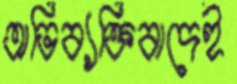
অভিব্যক্তিবাদেই